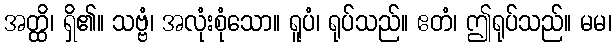
အတ္ထိ၊ ရှိ၏။ သဗ္ဗံ၊ အလုံးစုံသော။ ရူပံ၊ ရုပ်သည်။ ဧတံ၊ ဤရုပ်သည်။ မမ၊